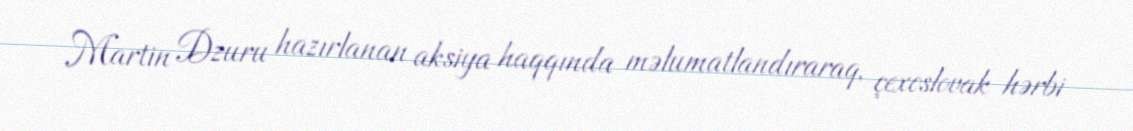
Martin Dzuru hazırlanan aksiya haqqında məlumatlandıraraq, çexoslovak hərbi